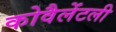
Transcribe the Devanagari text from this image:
कोवैलेंटली